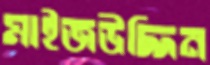
মাইজউদ্দিন